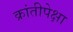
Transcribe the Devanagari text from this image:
क्रांतीपेक्षा